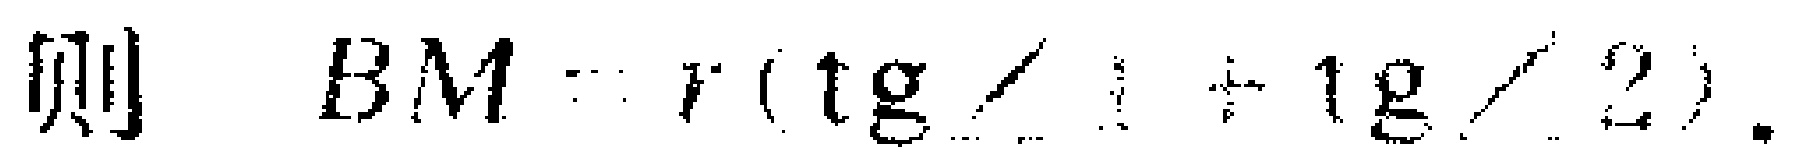
则 \(BM = r(\mathrm{tg}\angle 1+\mathrm{tg}\angle 2)\).